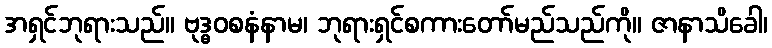
အရှင်ဘုရားသည်။ ဗုဒ္ဓဝစနံနာမ၊ ဘုရားရှင်စကားတော်မည်သည်ကို။ ဇာနာသိခေါ၊